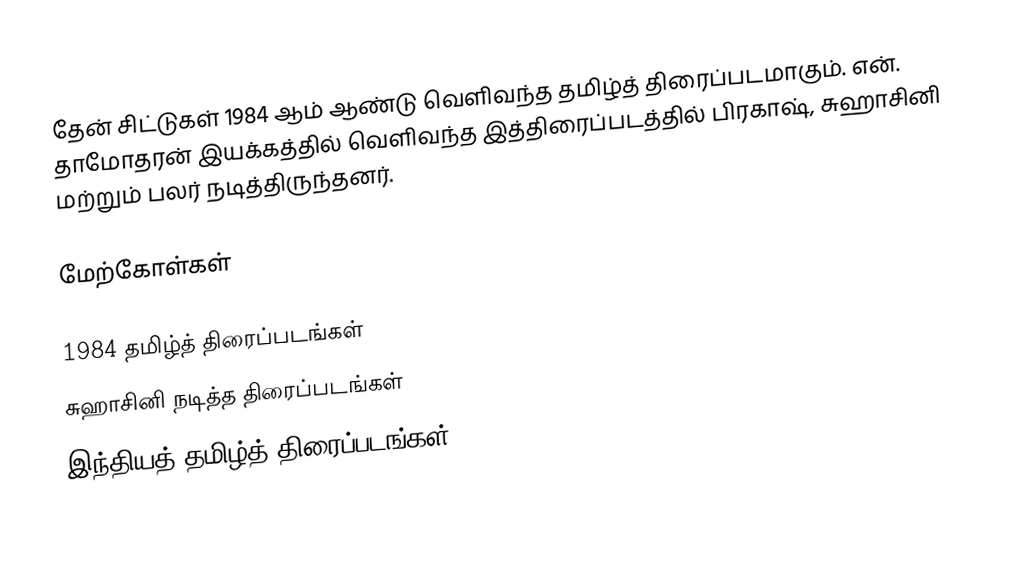
தேன் சிட்டுகள் 1984 ஆம் ஆண்டு வெளிவந்த தமிழ்த் திரைப்படமாகும். என். தாமோதரன் இயக்கத்தில் வெளிவந்த இத்திரைப்படத்தில் பிரகாஷ், சுஹாசினி மற்றும் பலர் நடித்திருந்தனர்.

மேற்கோள்கள்

1984 தமிழ்த் திரைப்படங்கள்
சுஹாசினி நடித்த திரைப்படங்கள்
இந்தியத் தமிழ்த் திரைப்படங்கள்